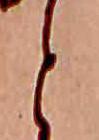
と